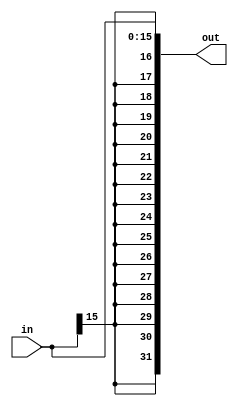
/* 
 * Implementation of sign extender.
 */


module sign_extender (in, out);

parameter in_bits  = 16;
parameter out_bits = 32;

input [in_bits-1 : 0] in;
output reg [out_bits-1 : 0] out;

/* 
 * @* means that changing of any signal, which is inside the "always" block,
 * leads to repeat the "always" block.
 * This way we can implement combinational logick.
 */
always @*
begin
	out = {out_bits{in[in_bits-1]}};
	out[in_bits-1 : 0] = in;
end

endmodule